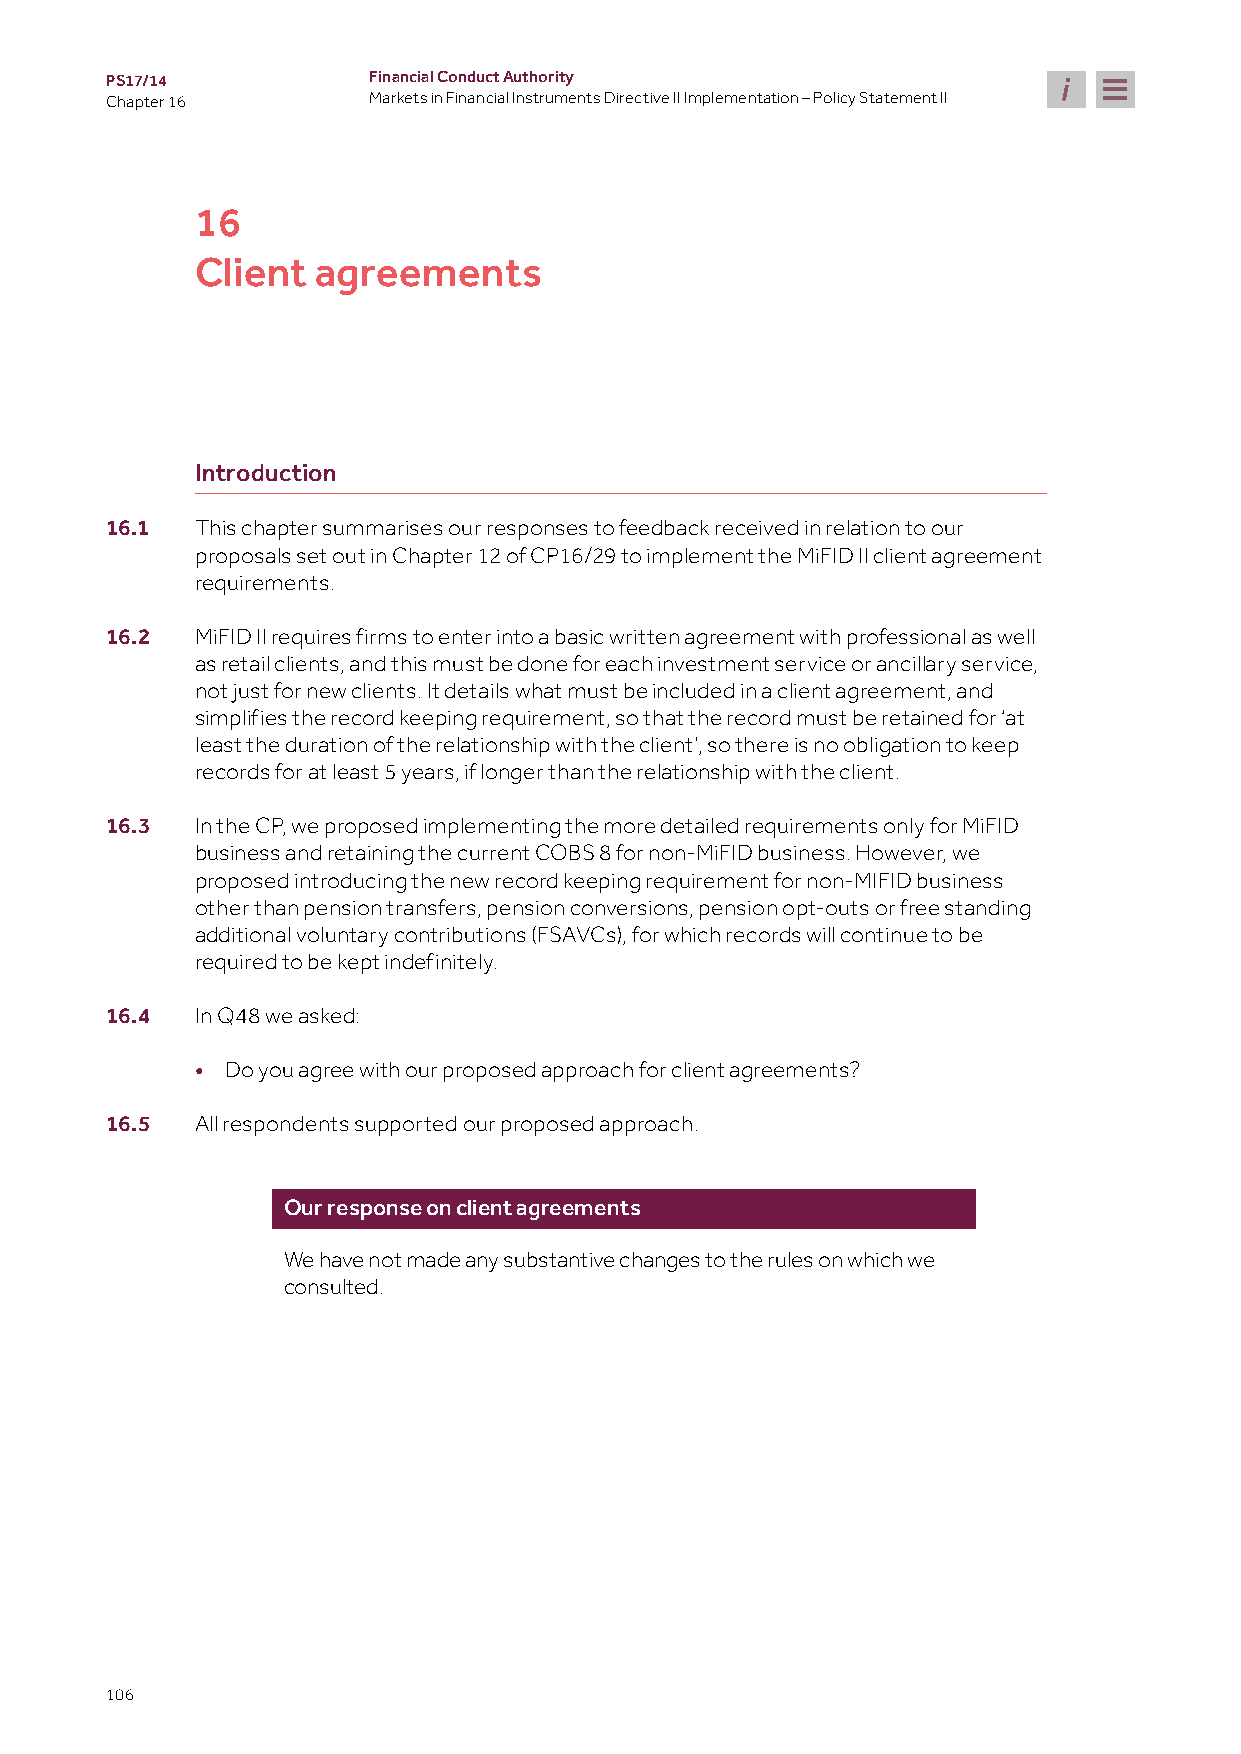
PS17/14          Financial Conduct Authority
 Chapter 16       Markets in Financial Instruments Directive II Implementation – Policy Statement II
 16
 Client  agreements
 Introduction
 16.1  This chapter summarises our responses to feedback received in relation to our
 proposals set out in Chapter 12 of CP16/29 to implement the MiFID II client agreement
 requirements.
 16.2  MiFID II requires firms to enter into a basic written agreement with professional as well
 as retail clients, and this must be done for each investment service or ancillary service,
 not just for new clients. It details what must be included in a client agreement, and
 simplifies the record keeping requirement, so that the record must be retained for ‘at
 least the duration of the relationship with the client’, so there is no obligation to keep
 records for at least 5 years, if longer than the relationship with the client.
 16.3  In the CP, we proposed implementing the more detailed requirements only for MiFID
 business and retaining the current COBS 8 for non-MiFID business. However, we
 proposed introducing the new record keeping requirement for non-MIFID business
 other than pension transfers, pension conversions, pension opt-outs or free standing
 additional voluntary contributions (FSAVCs), for which records will continue to be
 required to be kept indefinitely.
 16.4  In Q48 we asked:
 • Do you agree with our proposed approach for client agreements?
 16.5  All respondents supported our proposed approach.
 Our response on client agreements
 We have not made any substantive changes to the rules on which we
 consulted.
 106